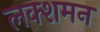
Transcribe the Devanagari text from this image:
लक्शमन